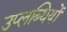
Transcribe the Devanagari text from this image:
उप्लब्धियों